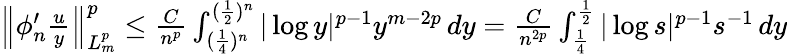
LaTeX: \begin{array}{r}{\left\| \phi_{n}^{\prime}\frac{u}{y}\right\| _{L_{m}^{p}}^{p}\leq\frac{C}{n^{p}}\int_{(\frac 14)^{n}}^{(\frac 12)^{n}}|\log y|^{p-1}y^{m-2p}\, dy=\frac{C}{n^{2p}}\int_{\frac 14}^{\frac 12}|\log s|^{p-1}s^{-1}\, dy}\end{array}